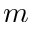
m